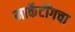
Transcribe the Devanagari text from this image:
मार्केटींगचा